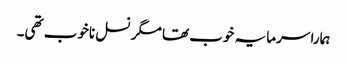
ہمارا سرمایہ خوب تھا مگر نسل ناخوب تھی۔